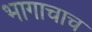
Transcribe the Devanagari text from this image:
भागाचाच